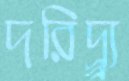
দরিদ্র্র্র্য